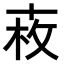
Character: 𠦩